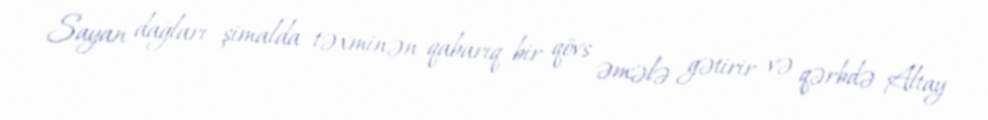
Sayan dağları şimalda təxminən qabarıq bir qövs əmələ gətirir və qərbdə Altay